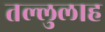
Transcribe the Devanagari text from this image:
तल्लुलाह